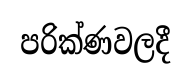
පරික්ණවලදී